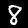
Digit: 8